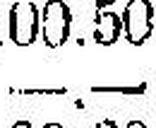
—.—